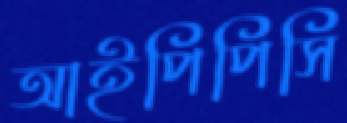
আইপিপিসি